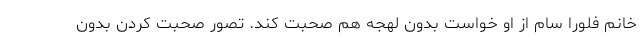
خانم فلورا سام از او خواست بدون لهجه هم صحبت کند. تصور صحبت کردن بدون